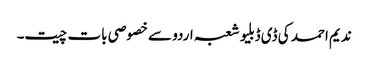
ندیم احمد کی ڈی ڈبلیو شعبہ اردو سے خصوصی بات چیت۔